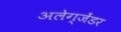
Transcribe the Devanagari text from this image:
अलेग्जेंडर